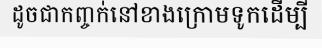
ដូចជាកញ្ចក់នៅខាងក្រោមទូកដើម្បី